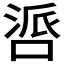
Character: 𪡤